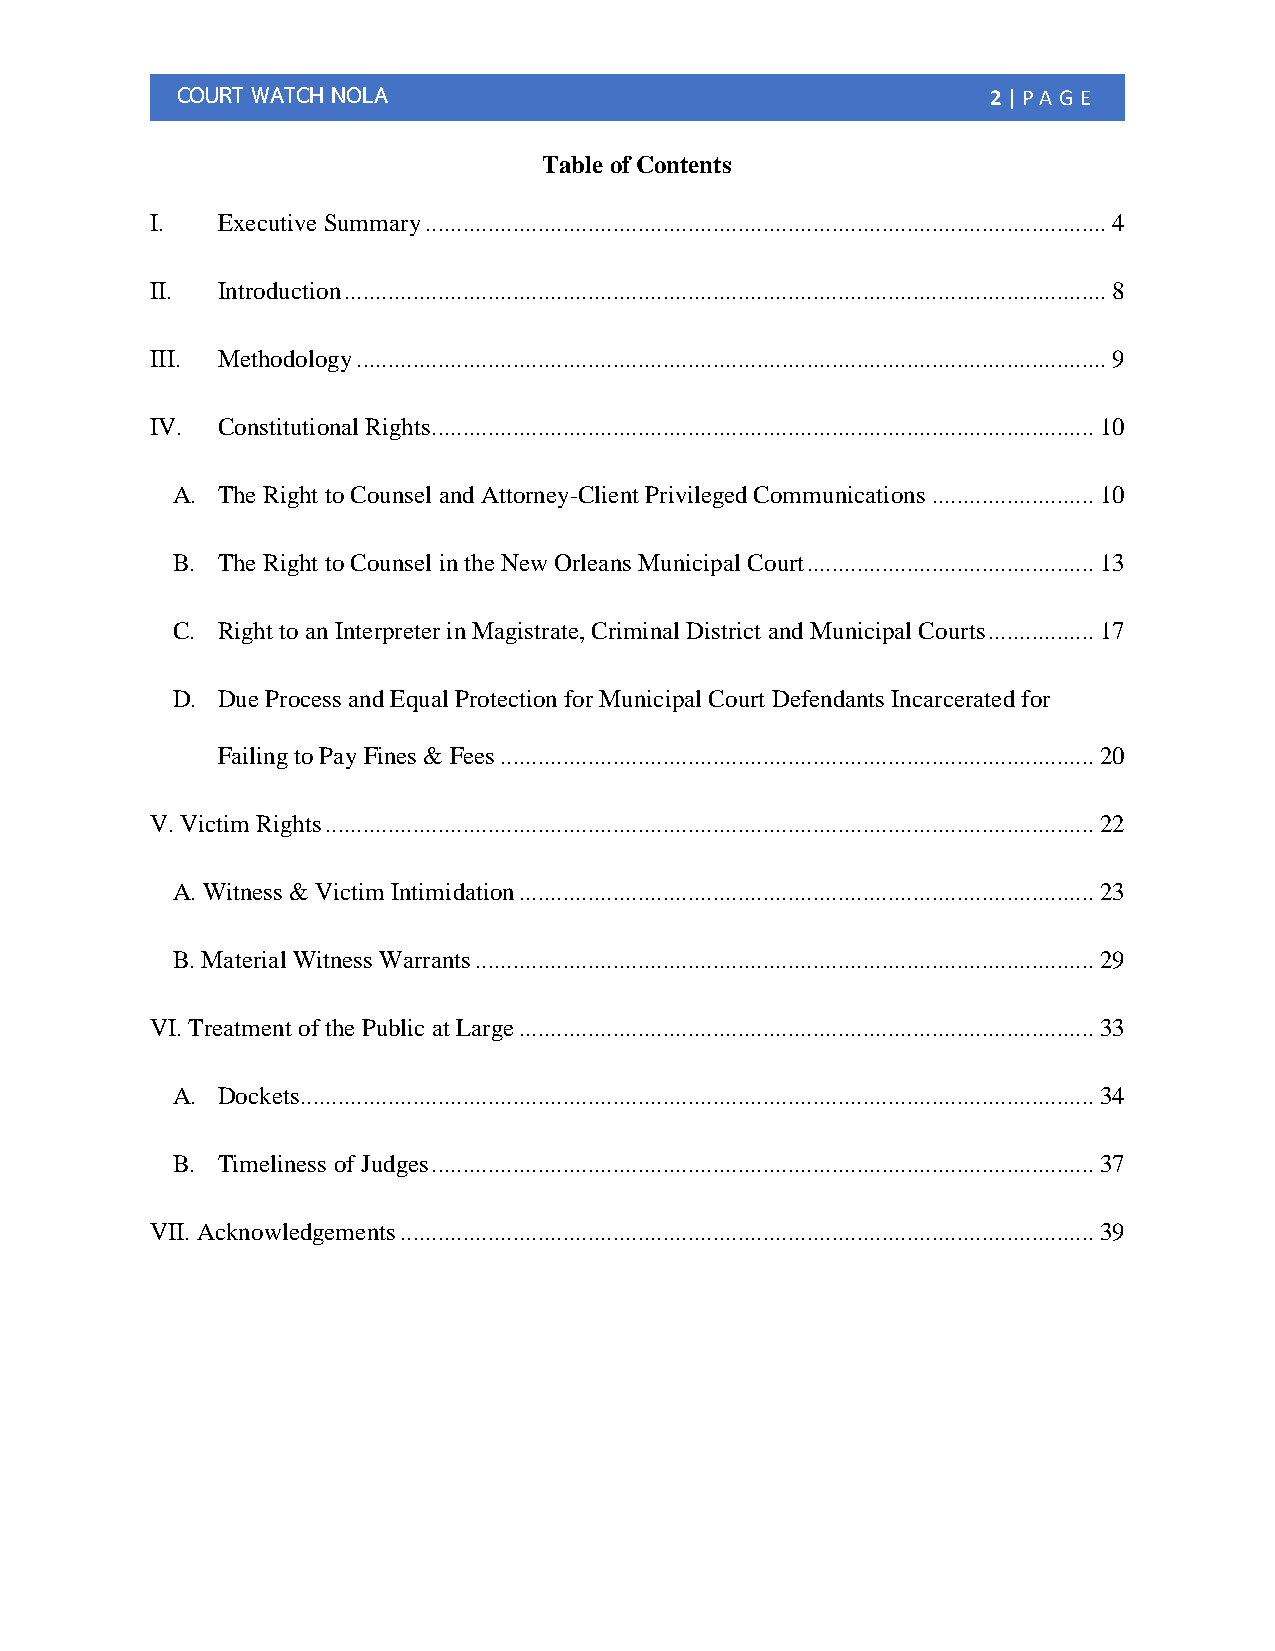
COURT WATCH NOLA                                      2 | PA G E
 Table of Contents
 I.  Executive Summary ............................................................................................................. 4
 II. Introduction .......................................................................................................................... 8
 III. Methodology ........................................................................................................................ 9
 IV. Constitutional Rights .......................................................................................................... 10
 A. The Right to Counsel and Attorney-Client Privileged Communications .......................... 10
 B. The Right to Counsel in the New Orleans Municipal Court .............................................. 13
 C. Right to an Interpreter in Magistrate, Criminal District and Municipal Courts ................. 17
 D. Due Process and Equal Protection for Municipal Court Defendants Incarcerated for
 Failing to Pay Fines & Fees ............................................................................................... 20
 V. Victim Rights ........................................................................................................................... 22
 A. Witness & Victim Intimidation ............................................................................................ 23
 B. Material Witness Warrants ................................................................................................... 29
 VI. Treatment of the Public at Large ............................................................................................ 33
 A. Dockets ............................................................................................................................... 34
 B. Timeliness of Judges .......................................................................................................... 37
 VII. Acknowledgements ............................................................................................................... 39